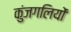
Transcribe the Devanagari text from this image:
कुंजगलियों